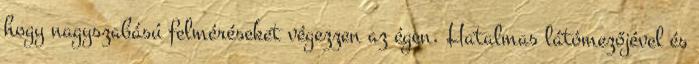
hogy nagyszabású felméréseket végezzen az égen. Hatalmas látómezőjével és